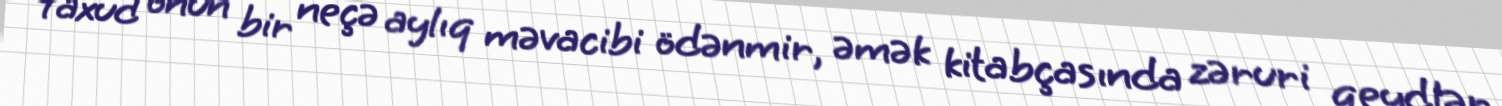
Yaxud onun bir neçə aylıq məvacibi ödənmir, əmək kitabçasında zəruri qeydlər